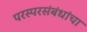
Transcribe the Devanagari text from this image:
परस्परसंबंधांचा